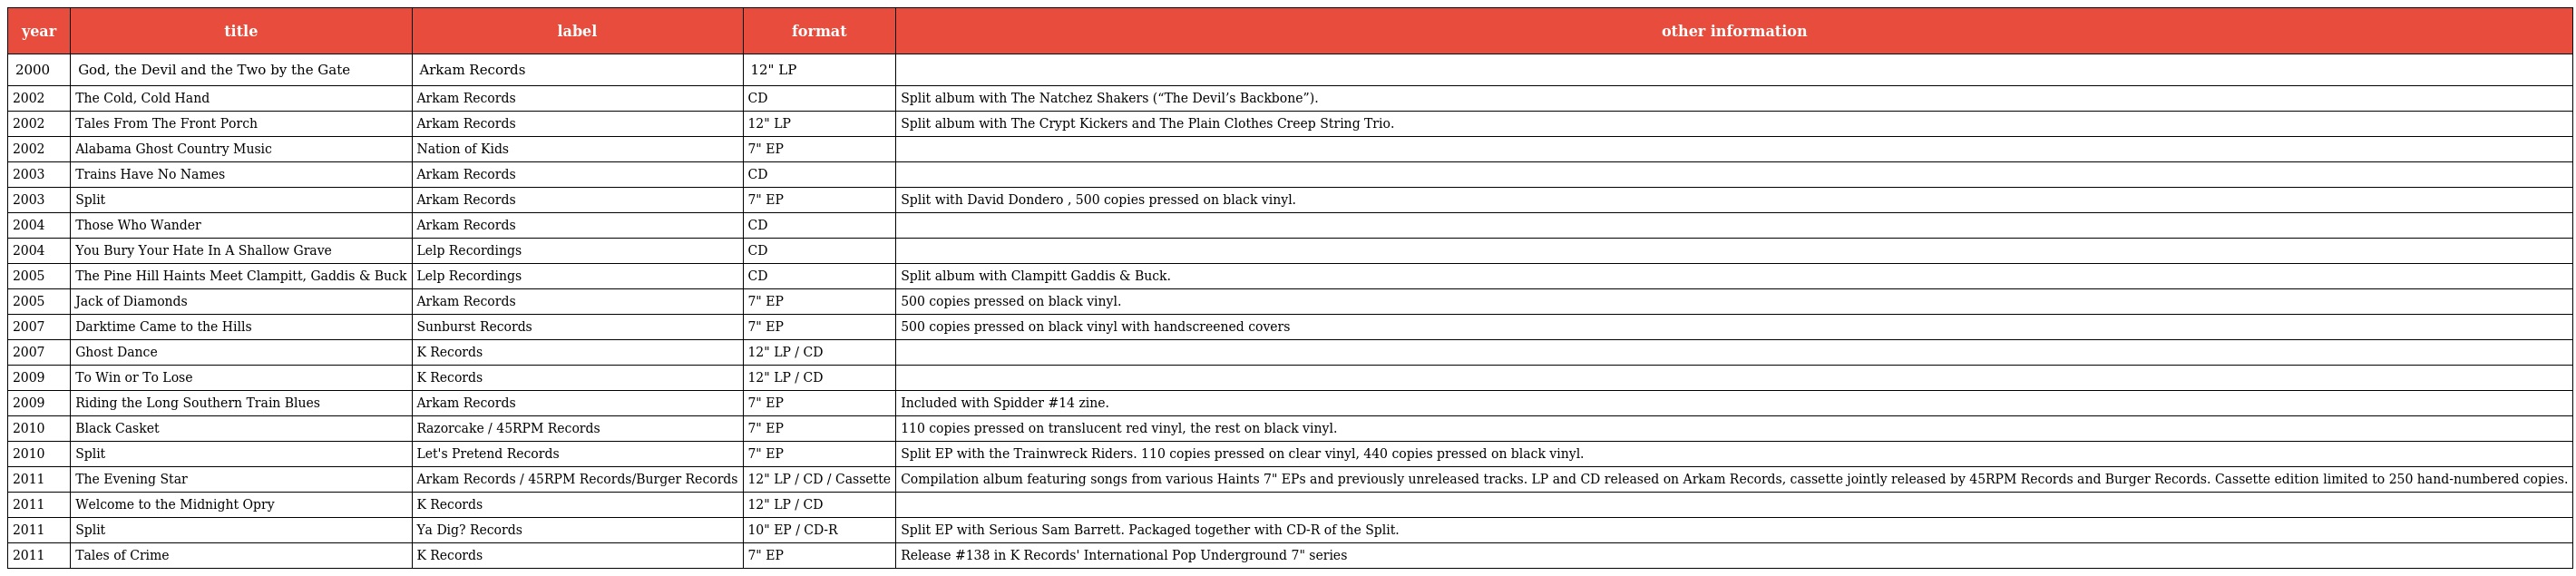
| year | title | label | format | other information |
 | --- | --- | --- | --- | --- |
 | 2000 | God, the Devil and the Two by the Gate | Arkam Records | 12" LP |  |
 | 2002 | The Cold, Cold Hand | Arkam Records | CD | Split album with The Natchez Shakers (“The Devil’s Backbone”). |
 | 2002 | Tales From The Front Porch | Arkam Records | 12" LP | Split album with The Crypt Kickers and The Plain Clothes Creep String Trio. |
 | 2002 | Alabama Ghost Country Music | Nation of Kids | 7" EP |  |
 | 2003 | Trains Have No Names | Arkam Records | CD |  |
 | 2003 | Split | Arkam Records | 7" EP | Split with David Dondero , 500 copies pressed on black vinyl. |
 | 2004 | Those Who Wander | Arkam Records | CD |  |
 | 2004 | You Bury Your Hate In A Shallow Grave | Lelp Recordings | CD |  |
 | 2005 | The Pine Hill Haints Meet Clampitt, Gaddis & Buck | Lelp Recordings | CD | Split album with Clampitt Gaddis & Buck. |
 | 2005 | Jack of Diamonds | Arkam Records | 7" EP | 500 copies pressed on black vinyl. |
 | 2007 | Darktime Came to the Hills | Sunburst Records | 7" EP | 500 copies pressed on black vinyl with handscreened covers |
 | 2007 | Ghost Dance | K Records | 12" LP / CD |  |
 | 2009 | To Win or To Lose | K Records | 12" LP / CD |  |
 | 2009 | Riding the Long Southern Train Blues | Arkam Records | 7" EP | Included with Spidder #14 zine. |
 | 2010 | Black Casket | Razorcake / 45RPM Records | 7" EP | 110 copies pressed on translucent red vinyl, the rest on black vinyl. |
 | 2010 | Split | Let's Pretend Records | 7" EP | Split EP with the Trainwreck Riders. 110 copies pressed on clear vinyl, 440 copies pressed on black vinyl. |
 | 2011 | The Evening Star | Arkam Records / 45RPM Records/Burger Records | 12" LP / CD / Cassette | Compilation album featuring songs from various Haints 7" EPs and previously unreleased tracks. LP and CD released on Arkam Records, cassette jointly released by 45RPM Records and Burger Records. Cassette edition limited to 250 hand-numbered copies. |
 | 2011 | Welcome to the Midnight Opry | K Records | 12" LP / CD |  |
 | 2011 | Split | Ya Dig? Records | 10" EP / CD-R | Split EP with Serious Sam Barrett. Packaged together with CD-R of the Split. |
 | 2011 | Tales of Crime | K Records | 7" EP | Release #138 in K Records' International Pop Underground 7" series |